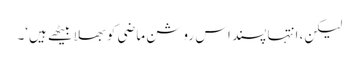
لیکن، انتہا پسند اس روشن ماضی کو بھلا بیٹھے ہیں‘۔